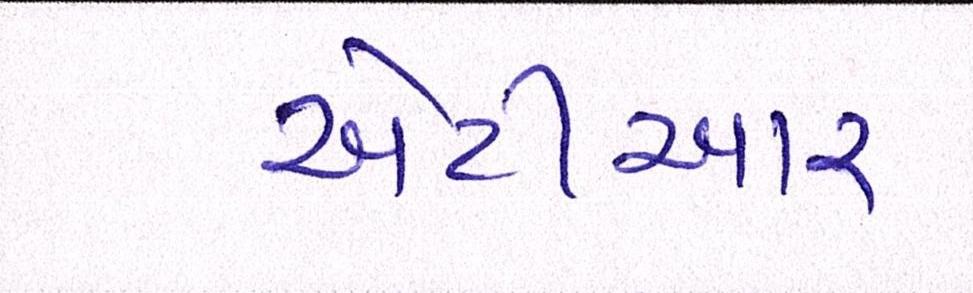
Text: એટીઆર